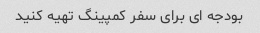
بودجه ای برای سفر کمپینگ تهیه کنید